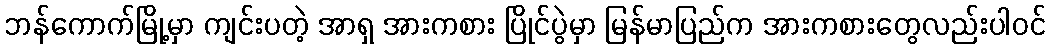
ဘန်ကောက်မြို့မှာ ကျင်းပတဲ့ အာရှ အားကစား ပြိုင်ပွဲမှာ မြန်မာပြည်က အားကစားတွေလည်းပါဝင်